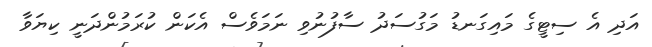
އަދި އެ ސިޓީގެ މައިގަނޑު މަގުސަދު ސާފުނުވި ނަމަވެސް އެކަން ކުރަމުންދަނީ ކިޔަވާ